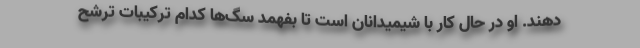
دهند. او در حال کار با شیمیدانان است تا بفهمد سگ‌ها کدام ترکیبات ترشح